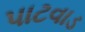
પાટવાડ